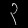
Digit: ၃